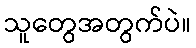
သူတွေအတွက်ပဲ။